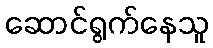
ဆောင်ရွက်နေသူ